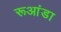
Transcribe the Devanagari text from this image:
रूआंडा